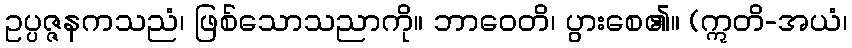
ဥပ္ပဇ္ဇနကသညံ၊ ဖြစ်သောသညာကို။ ဘာဝေတိ၊ ပွားစေ၏။ (ဣတိ-အယံ၊